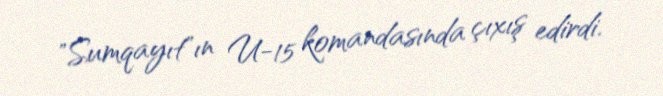
"Sumqayıt"ın U-15 komandasında çıxış edirdi.